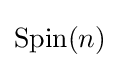
\operatorname {\text{Spin}} (n)